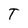
Character: T